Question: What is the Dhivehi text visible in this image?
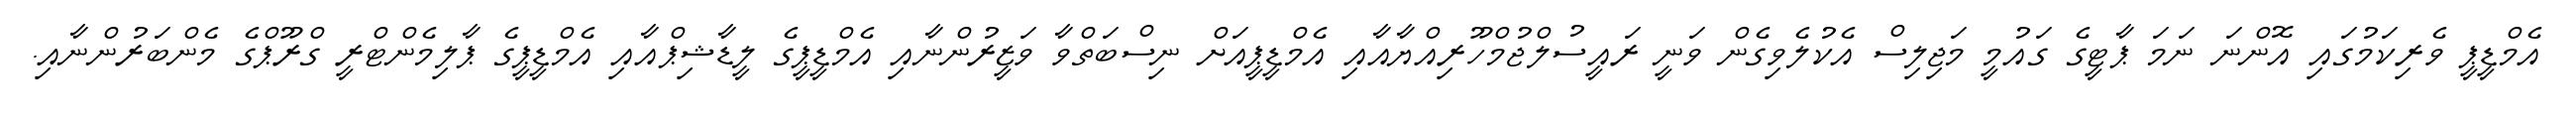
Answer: އެމްޑީޕީ ވެރިކަމުގައި އޮންނަ ނަމަ ޕާޓީގެ ގައުމީ މަޖިލިސް އެކުލެވިގެން ވަނީ ރައީސުލްޖުމްހޫރިއްޔާއާއި އެމްޑީޕީއަށް ނިސްބަތްވާ ވަޒީރުންނާއި އެމްޑީޕީގެ ލީޑާޝިޕްއާއި އެމްޑީޕީގެ ޕާލިމެންޓްރީ ގްރޫޕްގެ މެންބަރުންނާއި.